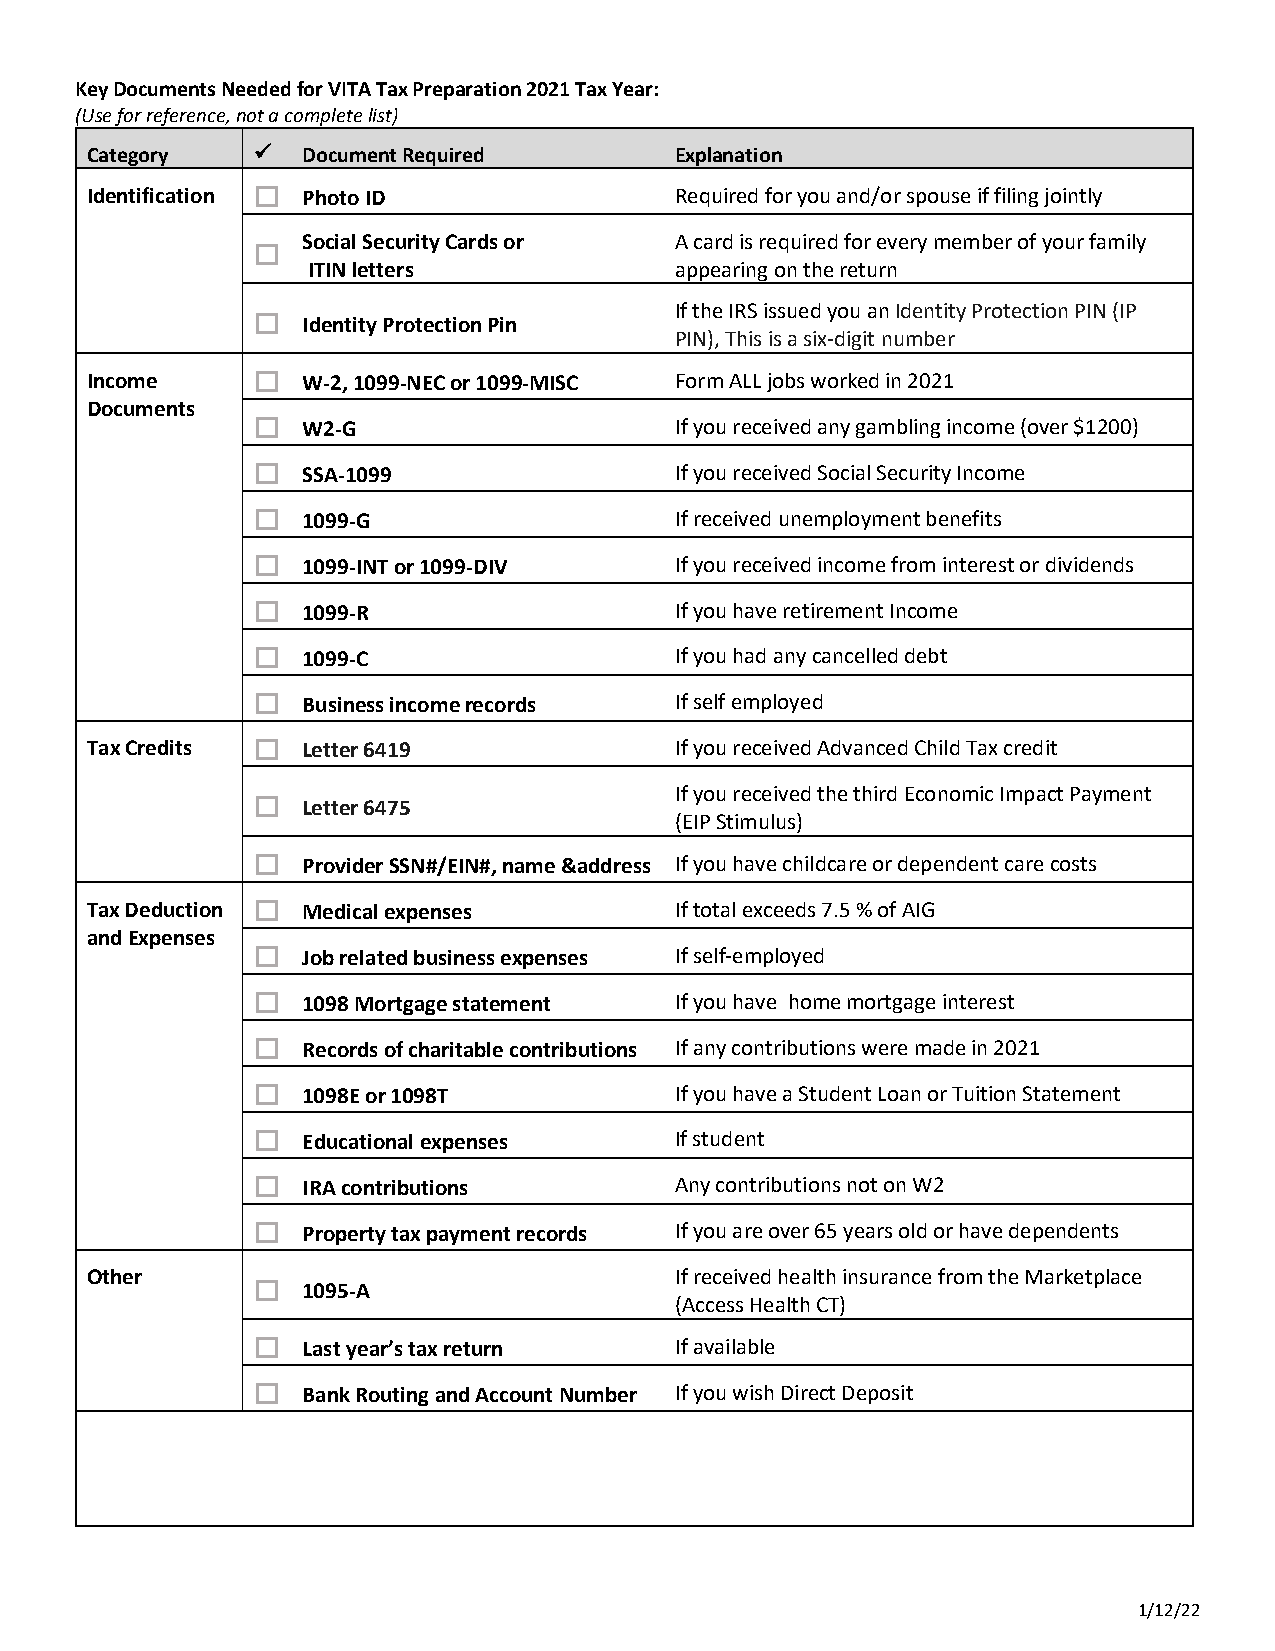
Key Documents Needed for VITA Tax Preparation 2021 Tax Year:
 (Use for reference, not a complete list)
 Category     Document Required        Explanation
 Identification  Photo ID              Required for you and/or spouse if filing jointly
 Social Security Cards or A card is required for every member of your family
 
 ITIN letters             appearing on the return
 If the IRS issued you an Identity Protection PIN (IP
   Identity Protection Pin
 PIN), This is a six-digit number
 Income       W-2, 1099-NEC or 1099-MISC Form ALL jobs worked in 2021
 Documents
   W2-G                     If you received any gambling income (over $1200)
   SSA-1099                 If you received Social Security Income
   1099-G                   If received unemployment benefits
   1099-INT or 1099-DIV     If you received income from interest or dividends
   1099-R                   If you have retirement Income
   1099-C                   If you had any cancelled debt
   Business income records  If self employed
 Tax Credits  Letter 6419              If you received Advanced Child Tax credit
 If you received the third Economic Impact Payment
   Letter 6475
 (EIP Stimulus)
   Provider SSN#/EIN#, name &address If you have childcare or dependent care costs
 Tax Deduction  Medical expenses       If total exceeds 7.5 % of AIG
 and Expenses
   Job related business expenses If self-employed
   1098 Mortgage statement  If you have home mortgage interest
   Records of charitable contributions If any contributions were made in 2021
   1098E or 1098T           If you have a Student Loan or Tuition Statement
   Educational expenses     If student
   IRA contributions        Any contributions not on W2
   Property tax payment records If you are over 65 years old or have dependents
 Other                                  If received health insurance from the Marketplace
   1095-A
 (Access Health CT)
   Last year’s tax return   If available
   Bank Routing and Account Number If you wish Direct Deposit
 1/12/22